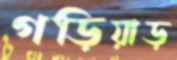
গড়িয়াড়